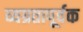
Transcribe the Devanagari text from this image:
व्यग्रतापूर्वक